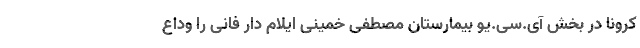
کرونا در بخش آی.سی.یو بیمارستان مصطفی خمینی ایلام دار فانی را وداع